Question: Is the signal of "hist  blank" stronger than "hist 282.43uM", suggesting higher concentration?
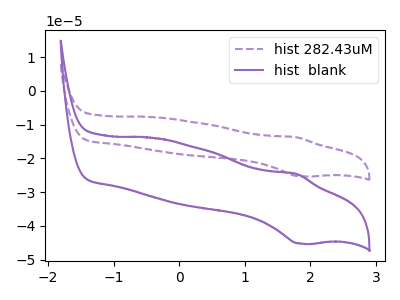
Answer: <think>The purple dashed curve "hist 282.43uM" has an anodic peak at (1.80V, -13.75uA) and a cathodic peak at (1.85V, -25.30uA). The purple curve "hist  blank" has an anodic peak at (1.80V, -24.60uA) and a cathodic peak at (1.85V, -45.20uA).
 All the peaks in "hist  blank" have a peak in "hist 282.43uM" at the same potential.</think>
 <answer>I cant tell if "hist  blank" or "hist 282.43uM" has higher concentration.</answer>
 <eval>mixed_concentration</eval>